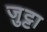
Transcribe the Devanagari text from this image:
जुट्टा